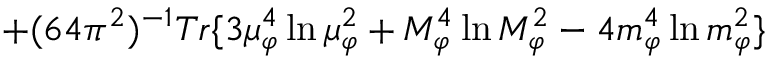
+ ( 6 4 \pi ^ { 2 } ) ^ { - 1 } T r \{ 3 \mu _ { \varphi } ^ { 4 } \ln \mu _ { \varphi } ^ { 2 } + M _ { \varphi } ^ { 4 } \ln M _ { \varphi } ^ { 2 } - 4 m _ { \varphi } ^ { 4 } \ln m _ { \varphi } ^ { 2 } \}